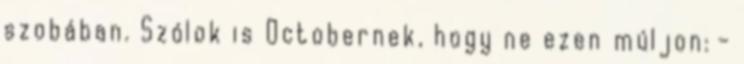
szobában. Szólok is Octobernek, hogy ne ezen múljon: -